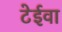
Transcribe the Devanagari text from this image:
टेईवा